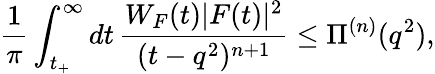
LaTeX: \frac{1}{\pi}\int_{t_{+}}^{\infty}dt\, \frac{W_{F}(t)|F(t)|^{2}}{(t-q^{2})^{n+1}}\le\Pi^{(n)}(q^{2}),